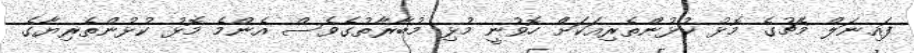
ފައިނަލް މެޗުގެ މޮޅު ކުޅުންތެރިއަކަށް ހޮވުނީ މުޅި މުބާރާތުގެވެސް އެންމެ މޮޅު ކުޅުންތެރިޔާގެ